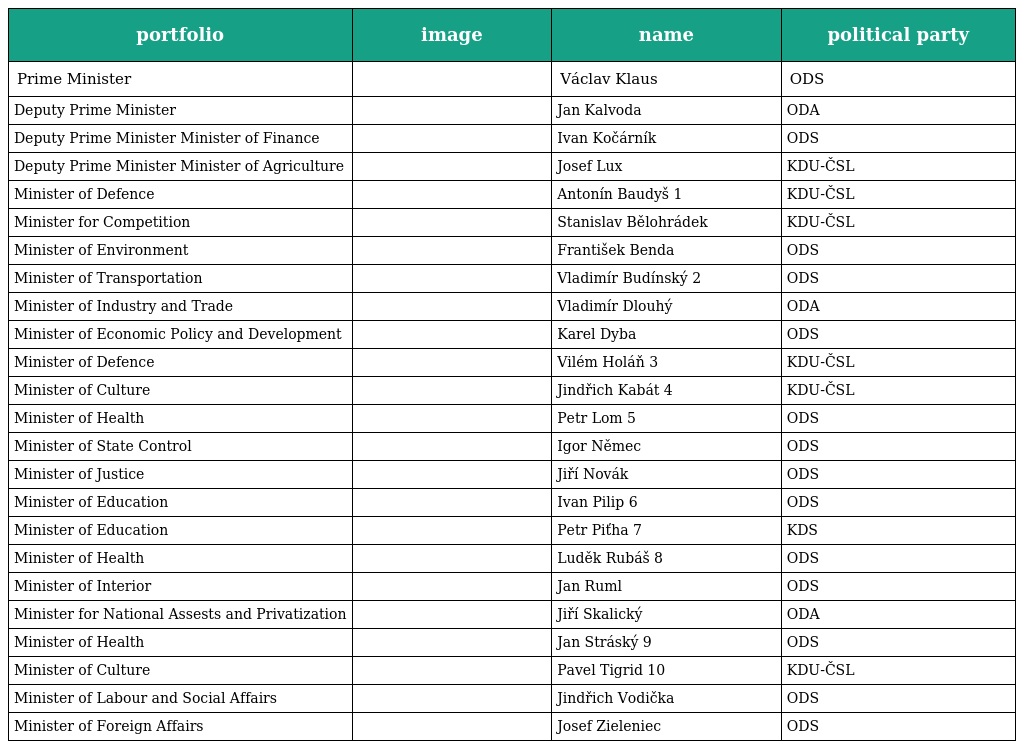
| portfolio | image | name | political party |
 | --- | --- | --- | --- |
 | Prime Minister |  | Václav Klaus | ODS |
 | Deputy Prime Minister |  | Jan Kalvoda | ODA |
 | Deputy Prime Minister Minister of Finance |  | Ivan Kočárník | ODS |
 | Deputy Prime Minister Minister of Agriculture |  | Josef Lux | KDU-ČSL |
 | Minister of Defence |  | Antonín Baudyš 1 | KDU-ČSL |
 | Minister for Competition |  | Stanislav Bělohrádek | KDU-ČSL |
 | Minister of Environment |  | František Benda | ODS |
 | Minister of Transportation |  | Vladimír Budínský 2 | ODS |
 | Minister of Industry and Trade |  | Vladimír Dlouhý | ODA |
 | Minister of Economic Policy and Development |  | Karel Dyba | ODS |
 | Minister of Defence |  | Vilém Holáň 3 | KDU-ČSL |
 | Minister of Culture |  | Jindřich Kabát 4 | KDU-ČSL |
 | Minister of Health |  | Petr Lom 5 | ODS |
 | Minister of State Control |  | Igor Němec | ODS |
 | Minister of Justice |  | Jiří Novák | ODS |
 | Minister of Education |  | Ivan Pilip 6 | ODS |
 | Minister of Education |  | Petr Piťha 7 | KDS |
 | Minister of Health |  | Luděk Rubáš 8 | ODS |
 | Minister of Interior |  | Jan Ruml | ODS |
 | Minister for National Assests and Privatization |  | Jiří Skalický | ODA |
 | Minister of Health |  | Jan Stráský 9 | ODS |
 | Minister of Culture |  | Pavel Tigrid 10 | KDU-ČSL |
 | Minister of Labour and Social Affairs |  | Jindřich Vodička | ODS |
 | Minister of Foreign Affairs |  | Josef Zieleniec | ODS |